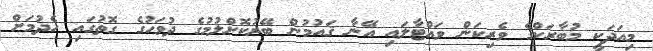
މިއަދަކީ މުބާރަކްގެ ވެރިކަން ވައްޓާލައި އޭނާ ޤައުމުން ބޭރުކޮށްލުމުގެ ދުވަހުގެ ގޮތުގައި ހެދުމަށް